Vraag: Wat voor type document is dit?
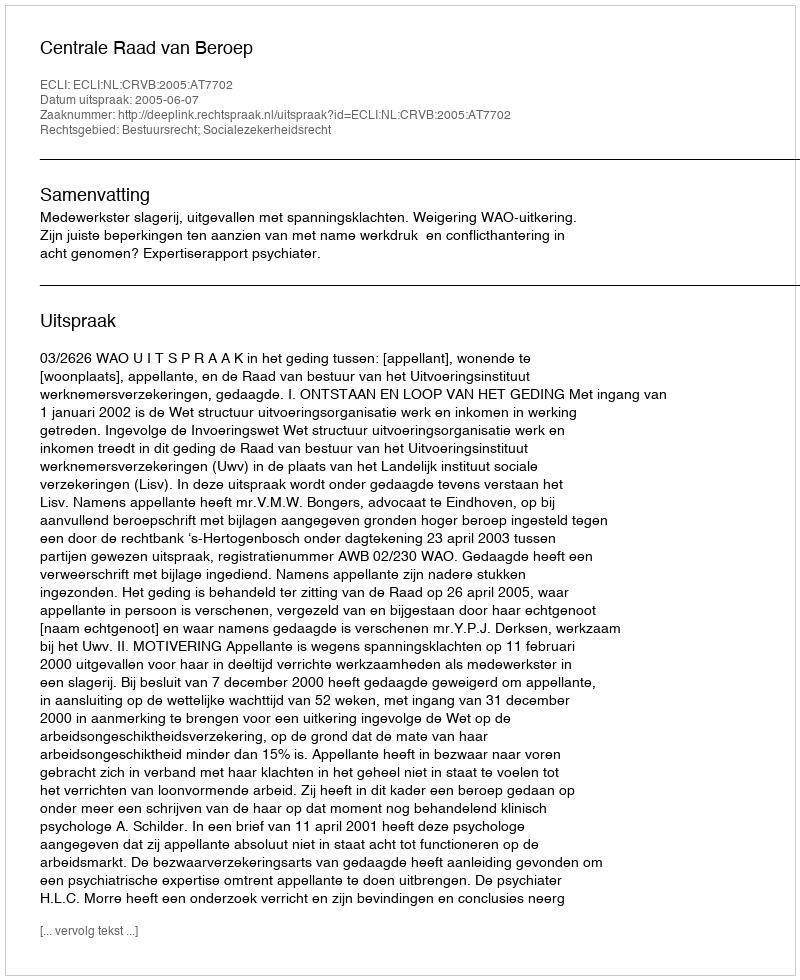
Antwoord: Uitspraak